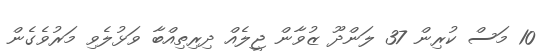
10 މަސް ކުރިން 37 ލަންދޫ ޒުވާން ޖީލެއް ދިރިތިއްބާ ވަޅުލެވި މަރުވެގެން